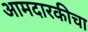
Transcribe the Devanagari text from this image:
आमदारकीचा